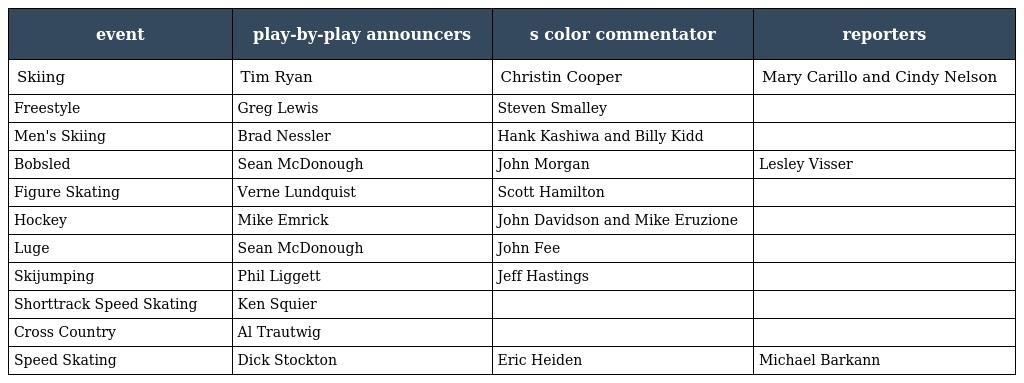
| event | play-by-play announcers | s color commentator | reporters |
 | --- | --- | --- | --- |
 | Skiing | Tim Ryan | Christin Cooper | Mary Carillo and Cindy Nelson |
 | Freestyle | Greg Lewis | Steven Smalley |  |
 | Men's Skiing | Brad Nessler | Hank Kashiwa and Billy Kidd |  |
 | Bobsled | Sean McDonough | John Morgan | Lesley Visser |
 | Figure Skating | Verne Lundquist | Scott Hamilton |  |
 | Hockey | Mike Emrick | John Davidson and Mike Eruzione |  |
 | Luge | Sean McDonough | John Fee |  |
 | Skijumping | Phil Liggett | Jeff Hastings |  |
 | Shorttrack Speed Skating | Ken Squier |  |  |
 | Cross Country | Al Trautwig |  |  |
 | Speed Skating | Dick Stockton | Eric Heiden | Michael Barkann |